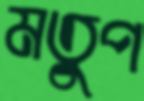
মতুপ